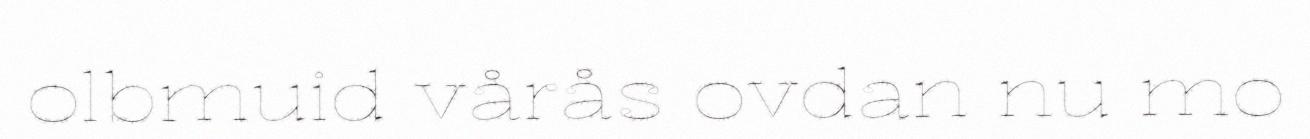
olbmuid vårås ovdan nu mo